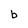
Character: b